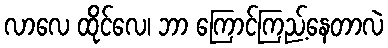
လာလေ ထိုင်လေ၊ ဘာ ကြောင်ကြည့်နေတာလဲ